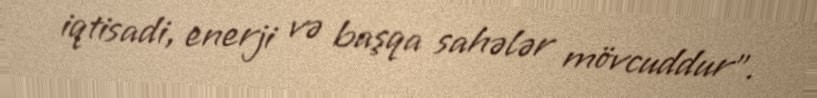
iqtisadi, enerji və başqa sahələr mövcuddur”.